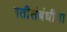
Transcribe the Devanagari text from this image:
गतीसंबंधीचा